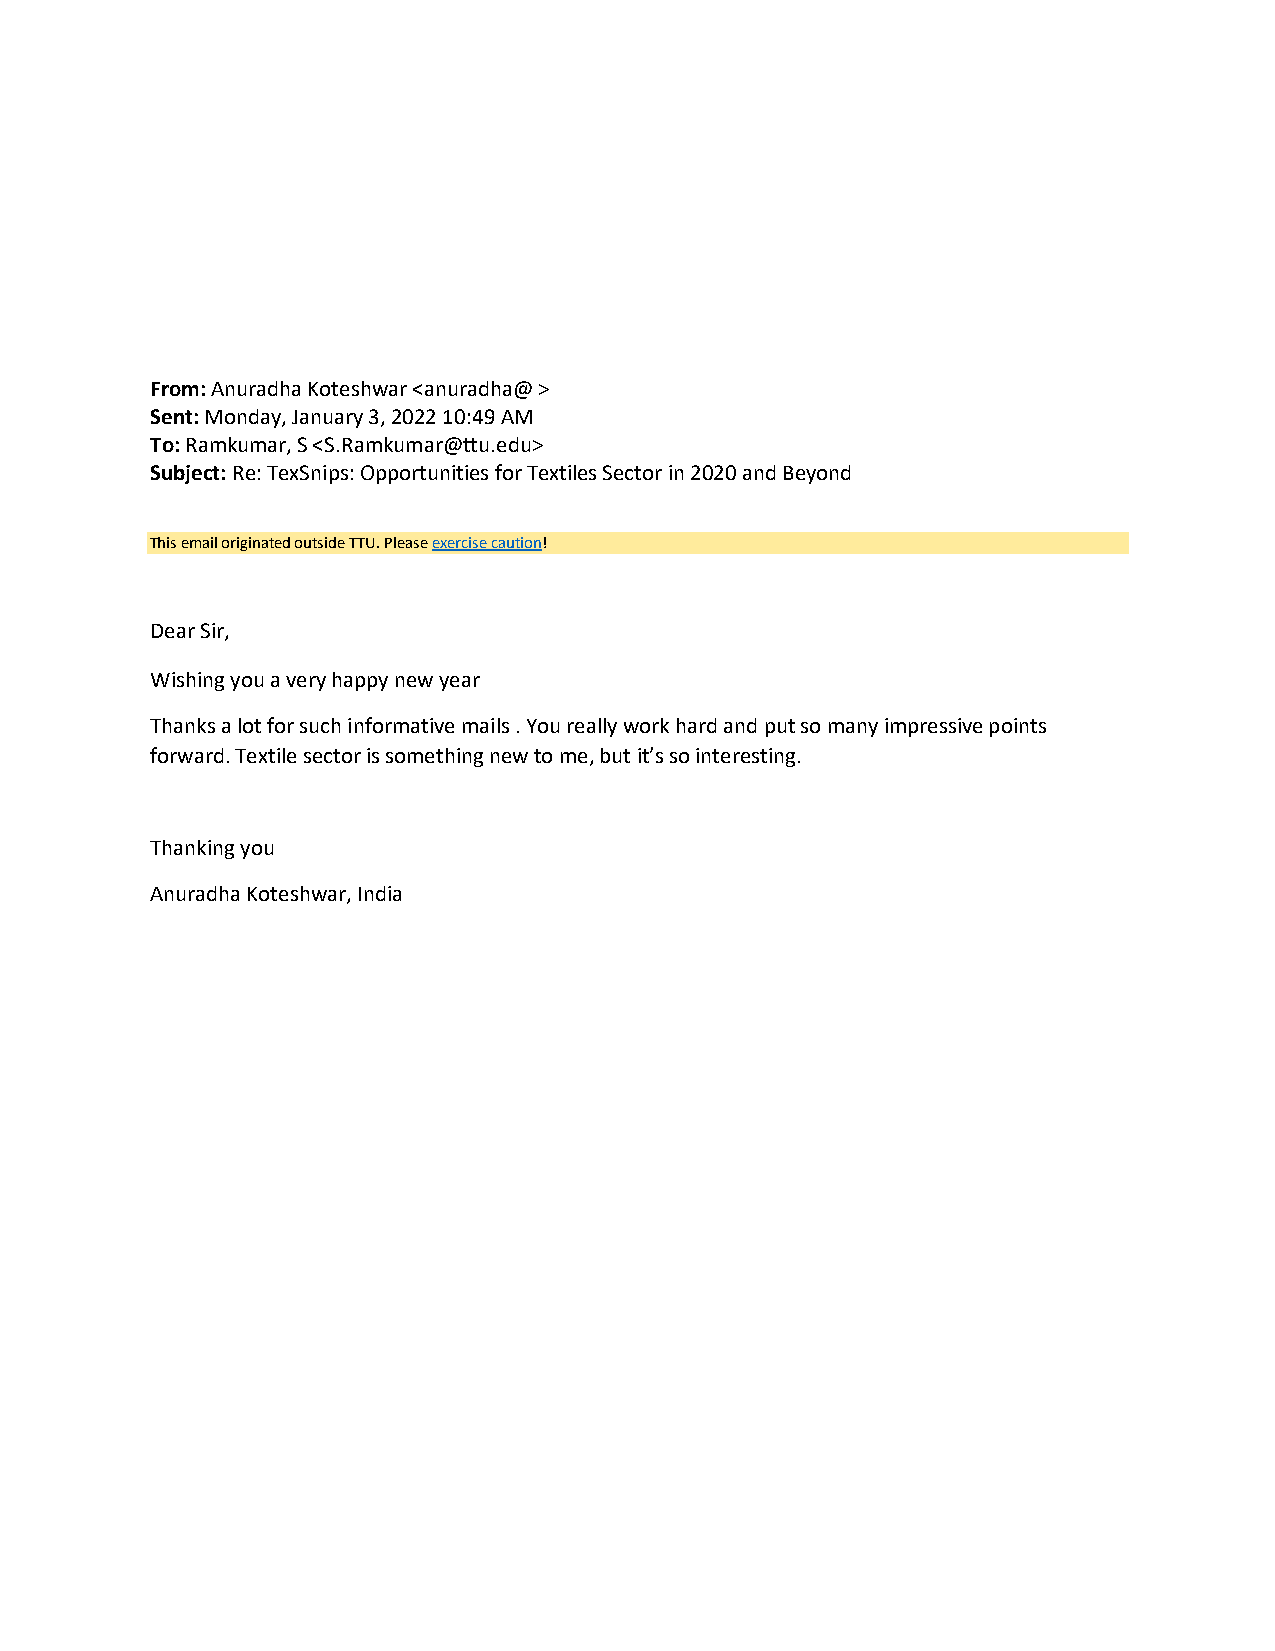
From: Anuradha Koteshwar <anuradha@ >
 Sent: Monday, January 3, 2022 10:49 AM
 To: Ramkumar, S <S.Ramkumar@ttu.edu>
 Subject: Re: TexSnips: Opportunities for Textiles Sector in 2020 and Beyond
 This email originated outside TTU. Please exercise caution!
 Dear Sir,
 Wishing you a very happy new year
 Thanks a lot for such informative mails . You really work hard and put so many impressive points
 forward. Textile sector is something new to me, but it’s so interesting.
 Thanking you
 Anuradha Koteshwar, India